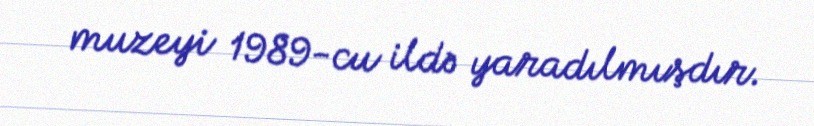
muzeyi 1989-cu ildə yaradılmışdır.